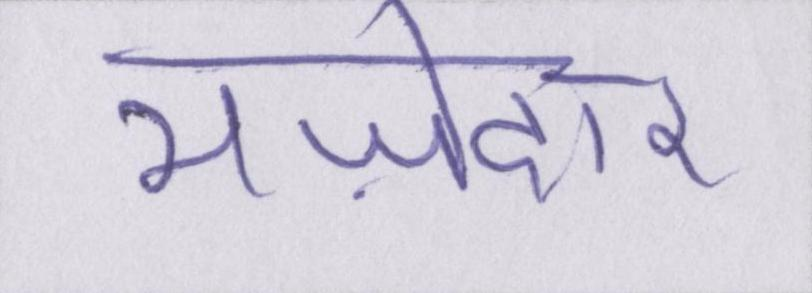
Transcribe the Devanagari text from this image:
मज़ेदार